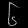
Digit: ၆